Indian journal of veterinary science and animal husbandry - Volumes 22-23, 1952-1953
Year: 1952
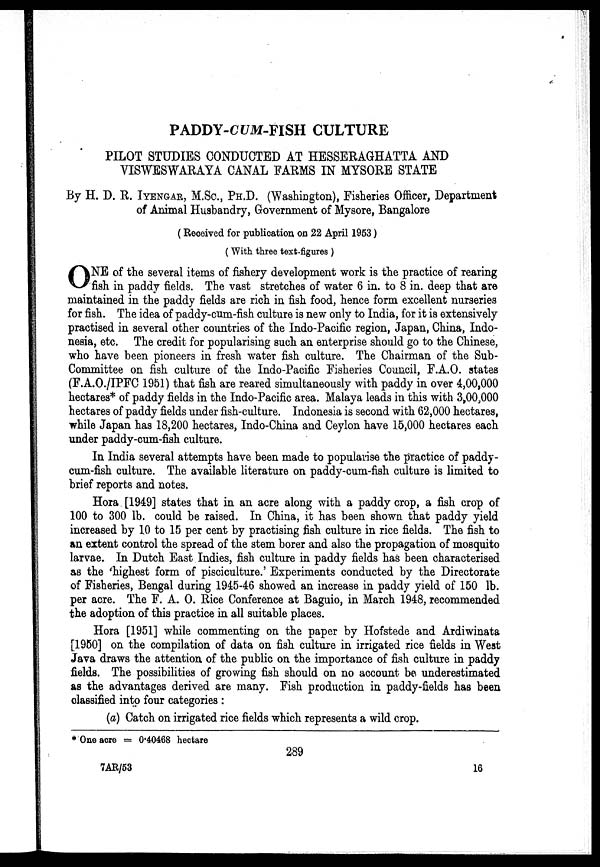
PADDY-CUM-FISH CULTURE
PILOT STUDIES CONDUCTED AT HESSERAGHATTA AND
VISWESWARAYA CANAL FARMS IN MYSORE STATE
By H. D. R. IYENGAR, M.Sc., PH.D. (Washington), Fisheries Officer, Department
of Animal Husbandry, Government of Mysore, Bangalore
( Received for publication on 22 April 1953)
(With three text-figures)
O NE of the several items of fishery development work is the practice of rearing
fish in paddy fields. The vast stretches of water 6 in. to 8 in. deep that are
maintained in the paddy fields are rich in fish food, hence form excellent nurseries
for fish. The idea of paddy-cum-fish culture is new only to India, for it is extensively
practised in several other countries of the Indo-Pacific region, Japan, China, Indo-
nesia, etc. The credit for popularising such an enterprise should go to the Chinese,
who have been pioneers in fresh water fish culture. The Chairman of the Sub-
Committee on fish culture of the Indo-Pacific Fisheries Council, F.A.O. states
(F.A.O./IPFC 1951) that fish are reared simultaneously with paddy in over 4,00,000
hectares* of paddy fields in the Indo-Pacific area. Malaya leads in this with 3,00,000
hectares of paddy fields under fish-culture. Indonesia is second with 62,000 hectares,
while Japan has 18,200 hectares, Indo-China and Ceylon have 15,000 hectares each
under paddy-cum-fish culture.
In India several attempts have been made to popularise the practice of paddy-
cum-fish culture. The available literature on paddy-cum-fish culture is limited to
brief reports and notes.
Hora [1949] states that in an acre along with a paddy crop, a fish crop of
100 to 300 lb. could be raised. In China, it has been shown that paddy yield
increased by 10 to 15 per cent by practising fish culture in rice fields. The fish to
an extent control the spread of the stem borer and also the propagation of mosquito
larvae. In Dutch East Indies, fish culture in paddy fields has been characterised
as the 'highest form of pisciculture.' Experiments conducted by the Directorate
of Fisheries, Bengal during 1945-46 showed an increase in paddy yield of 150 lb.
per acre. The F. A. O. Rice Conference at Baguio, in March 1948, recommended
the adoption of this practice in all suitable places.
Hora [1951] while commenting on the paper by Hofstede and Ardiwinata
[1950] on the compilation of data on fish culture in irrigated rice fields in West
Java draws the attention of the public on the importance of fish culture in paddy
fields. The possibilities of growing fish should on no account be underestimated
as the advantages derived are many. Fish production in paddy-fields has been
classified into four categories:
(a) Catch on irrigated rice fields which represents a wild crop.
* One acre = 0.40468 hectare
289
7AR/53
16